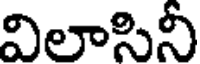
విలాసినీ